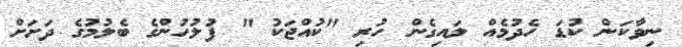
ނިވާކަން ކުޑަ ހެދުމެއް ލައިގެން ހުރި "ކުއްޖަކު " ފުލުހުންގެ ބެލުމުގެ ދަށަށް